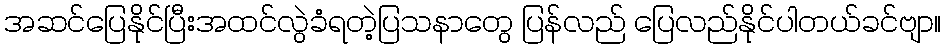
အဆင်ပြေနိုင်ပြီးအထင်လွဲခံရတဲ့ပြသနာတွေ ပြန်လည် ပြေလည်နိုင်ပါတယ်ခင်ဗျာ။